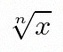
\sqrt[n]{x}